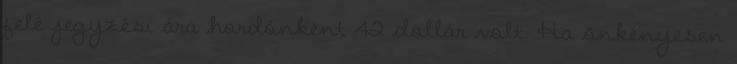
felé jegyzési ára hordónként 42 dollár volt. Ha önkényesen